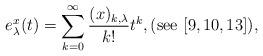
LaTeX: \begin{align*}e_{\lambda}^{x}(t)=\sum_{k=0}^{\infty}\frac{(x)_{k,\lambda}}{k!}t^{k},(\mathrm{see}\ [9,10,13]),\end{align*}